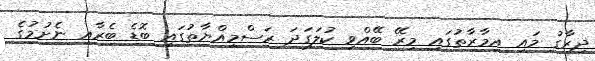
ދިރާގު މައި އިމާރާތުގައި މިރޭ ބޭއްވި ކުލަގަދަ ރަސްމިއްޔާތުގައި ބޮޑެ ބެރާއި ނެށުމުގެ